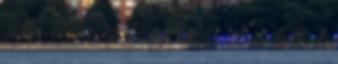
róla előre is kösz. már el is telt 1